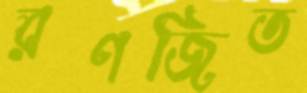
রণজিত